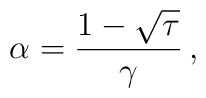
\alpha = \frac{1 - \sqrt{\tau}}{\gamma}\,,